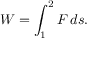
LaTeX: W = \int _ { 1 } ^ { 2 } F \, d s .